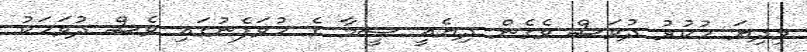
މިދިޔަ ހުކުރު ދުވަސް ވެގެން ދިޔެއީ ސީމާ ގެ ހުވަފެނުގައި ވެސް ދުވަހަކު